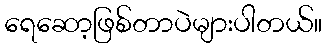
ရေဆော့ဖြစ်တာပဲများပါတယ်။